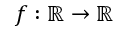
f : \mathbb { R } \to \mathbb { R }